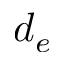
d _ { e }